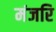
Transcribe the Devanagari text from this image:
मंजरि